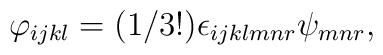
\varphi _{ijkl}=(1/3!)\epsilon _{ijklmnr}\psi _{mnr},